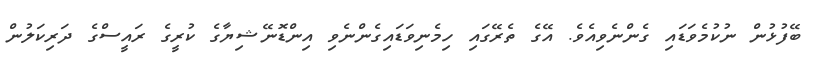
ބޭފުޅުން ނުކުމެވަޑައި ގެންނެވިއެވެ. އޭގެ ތެރޭގައި ހިމެނިވަޑައިގެންނެވި އިންޑޮނޭޝިޔާގެ ކުރީގެ ރައީސްގެ ދަރިކަލުން